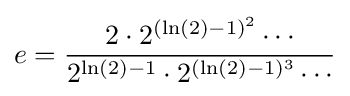
e={\frac {2\cdot 2^{(\ln(2)-1)^{2}}\cdots }{2^{\ln(2)-1}\cdot 2^{(\ln(2)-1)^{3}}\cdots }}